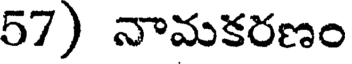
57) నామకరణం